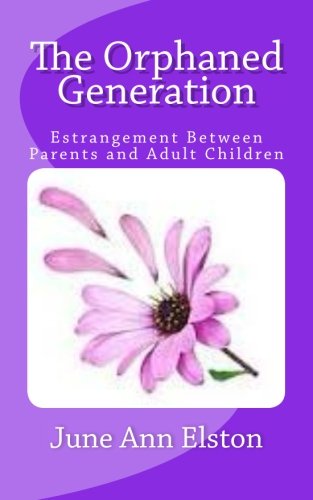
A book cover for The Orphaned Generation: Estrangement Between Parents and Adult Children; June Ann Elston; Parenting & Relationships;